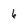
Character: 6